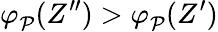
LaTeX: \varphi_{\mathcal P}^{}(Z^{\prime\prime})>\varphi_{\mathcal P}^{}(Z^{\prime})